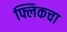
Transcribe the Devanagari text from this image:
फ्लिकचा